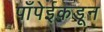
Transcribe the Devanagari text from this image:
पाँपेईकडून